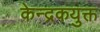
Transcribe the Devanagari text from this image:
केन्द्रकयुक्त